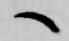
へ